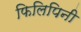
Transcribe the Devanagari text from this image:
फिलिपिनी